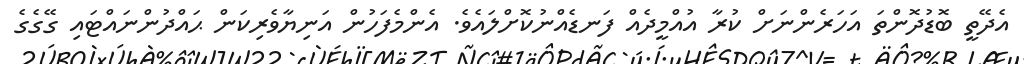
އެދޭތީ ބޮޑުދޮންތަ އަހަރެންނަށް ކުރާ އުއްމީދެއް ފަނޑެއްނުކޮށްލައެވެ. އެންމެފަހުން އަނިޔާވެރިކަން ޙައްދުންނައްޓައި ގޭގެގެ